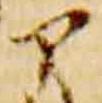
ア